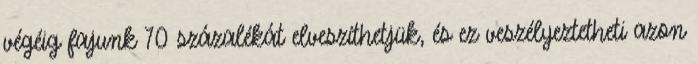
végéig fajunk 70 százalékát elveszíthetjük, és ez veszélyeztetheti azon